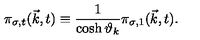
{ \pi } _ { { \sigma } , t } ( { \vec { k } } , t ) \equiv \frac { 1 } { \cosh { \vartheta } _ { k } } { \pi } _ { { \sigma } , 1 } ( { \vec { k } } , t ) .